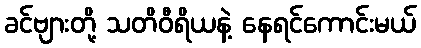
ခင်ဗျားတို့ သတိဝီရိယနဲ့ နေရင်ကောင်းမယ်